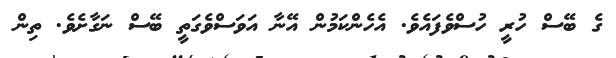
ގެ ބޭސް ހުރީ ހުސްވެފައެވެ. އެހެންކަމުން އޭނާ އަވަސްވެގަތީ ބޭސް ނަގާށެވެ. ތިން